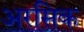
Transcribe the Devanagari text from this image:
अरसिक